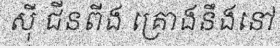
ស៊ី ជីនពីង គ្រោងនឹងនៅ